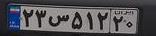
۲۳س۵۱۲۲۰